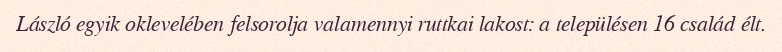
László egyik oklevelében felsorolja valamennyi ruttkai lakost: a településen 16 család élt.